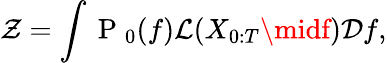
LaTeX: \mathcal{Z}=\int\mathrm{{~P~}}_{0}(f)\mathcal{{L}}(X_{0:T}\midf)\mathcal{{D}}f,